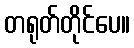
တရုတ်တိုင်ပေ။